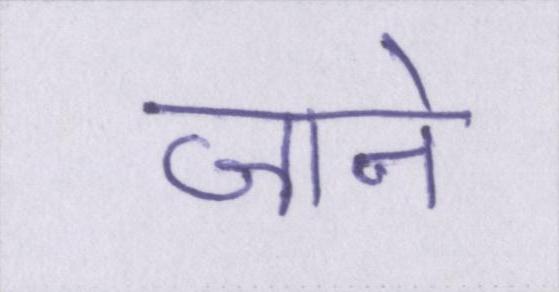
जाने